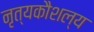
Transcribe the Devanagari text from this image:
नृत्यकौशल्य